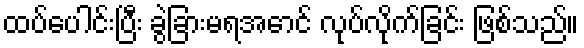
ထပ်ပေါင်းပြီး ခွဲခြားမရအောင် လုပ်လိုက်ခြင်း ဖြစ်သည်။